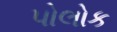
પોલોક